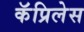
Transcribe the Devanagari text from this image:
कॅप्रिलेस